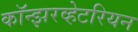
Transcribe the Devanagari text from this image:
कॉन्झरव्हेटरियन